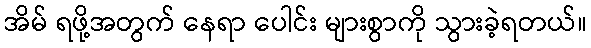
အိမ် ရဖို့အတွက် နေရာ ပေါင်း များစွာကို သွားခဲ့ရတယ်။